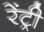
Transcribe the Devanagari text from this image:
रेंट्री